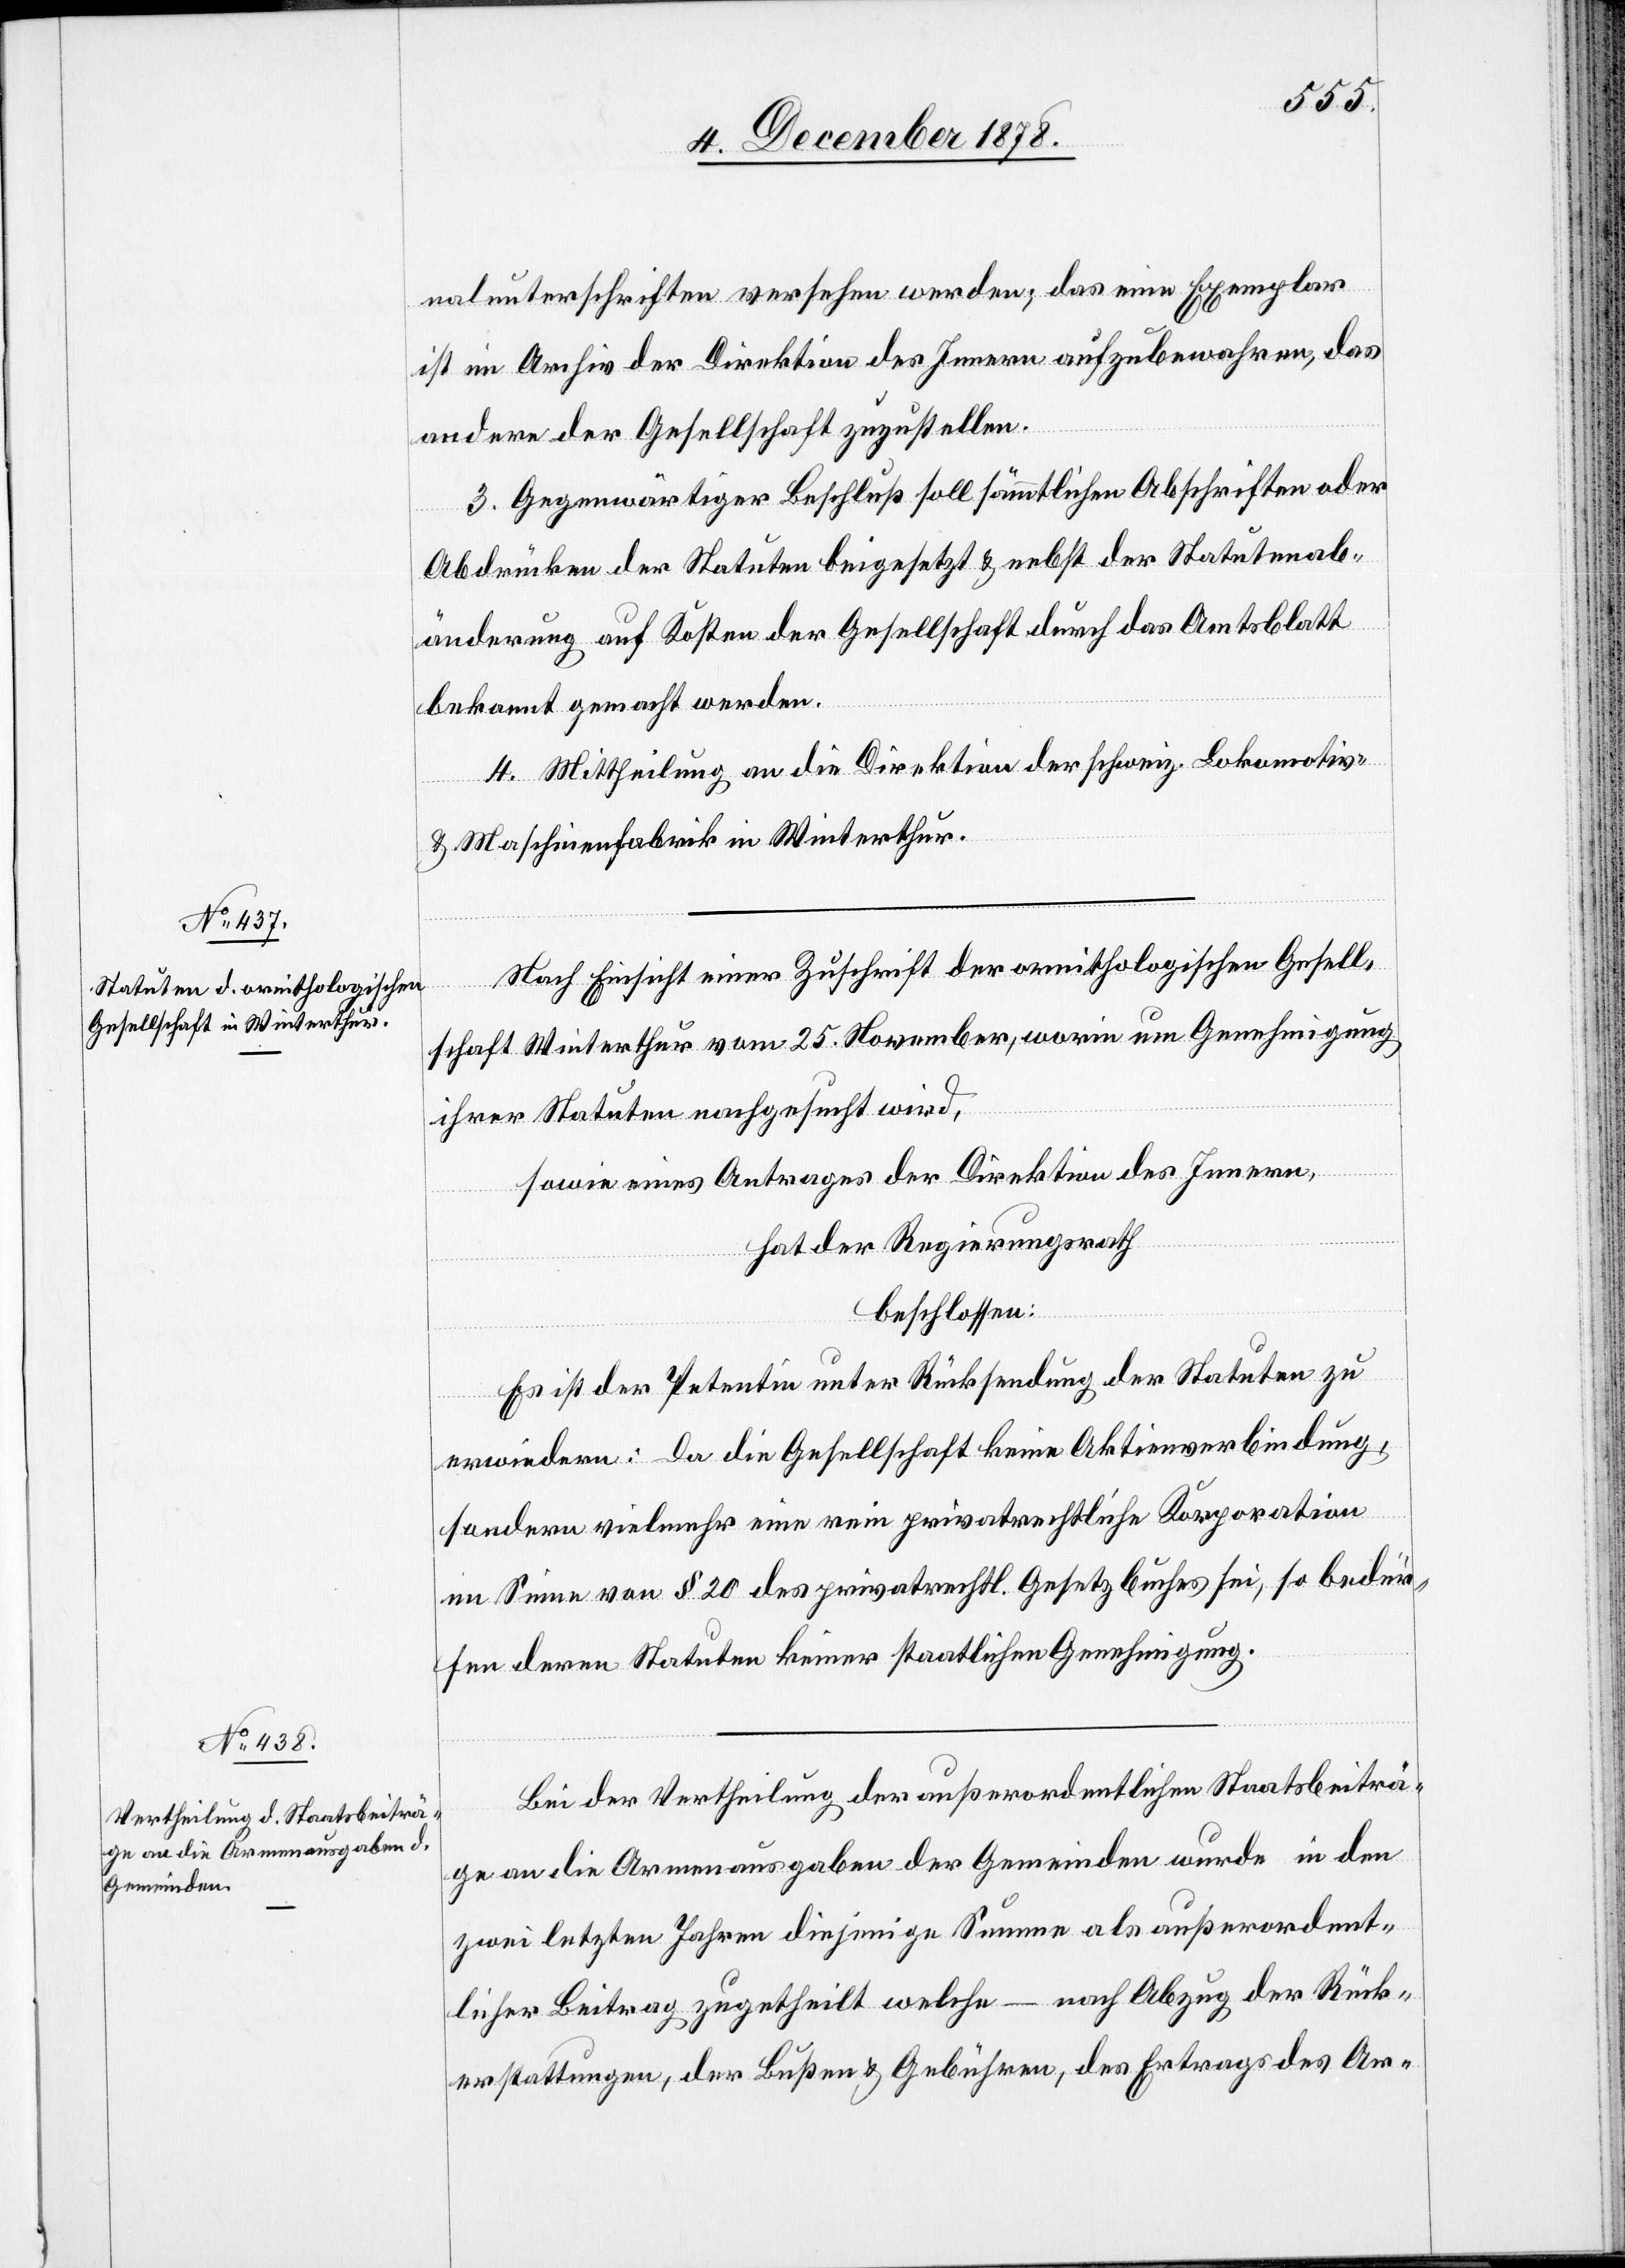
nalunterschriften versehen werden; das eine Exemplar
ist im Archiv der Direktion des Innern aufzubewahren, das
andere der Gesellschaft zuzustellen.
3. Gegenwärtiger Beschuß soll sämmtlichen Abschriften oder
Abdrücken der Statuten beigesetzt & nebst der Statutenab¬
änderung auf Kosten der Gesellschaft durch das Amtsblatt
bekannt gemacht werden.
4. Mittheilung an die Direktion der schweiz. Lokomotiv-
& Maschinenfabrik in Winterthur.
Nach Einsicht einer Zuschrift der ornithologischen Gesell¬
schaft Winterthur vom 25. November, worin um Genehmigung
ihrer Statuten nachgesucht wird,
sowie eines Antrages der Direktion des Innern,
hat der Regierungsrath
beschlossen:
Es ist der Petentin unter Rücksendung der Statuten zu
erwiedern: Da diese Gesellschaft keine Aktienverbindung,
sondern vielmehr eine rein privatrechtliche Korporation
im Sinne von § 20 des privatrechtl. Gesetzbuches sei, so bedür¬
fen deren Statuten keiner staatlichen Genehmigung.
Bei der Vertheilung der außerordentlichen Staatsbeiträ¬
ge an die Armenausgaben der Gemeinden wurde in den
zwei letzten Jahren diejenige Summe als außerordent¬
licher Beitrag zugetheilt welche – nach Abzug der Rück¬
erstattungen, der Bußen & Gebühren, des Ertrags des Ar-